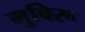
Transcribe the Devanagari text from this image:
मुबिरू